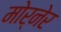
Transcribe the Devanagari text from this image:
मोर्नेर